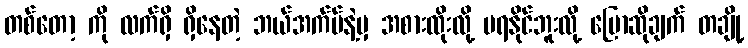
တစ်တော့ ကို လက်ရှိ ရှိနေတဲ့ ဘယ်အက်ပ်နဲ့မှ အစားထိုးလို့ မရနိုင်ဘူးလို့ ပြောဆိုချက် တချို့